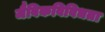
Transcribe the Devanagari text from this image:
जैविकविविधता